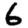
Digit: 6